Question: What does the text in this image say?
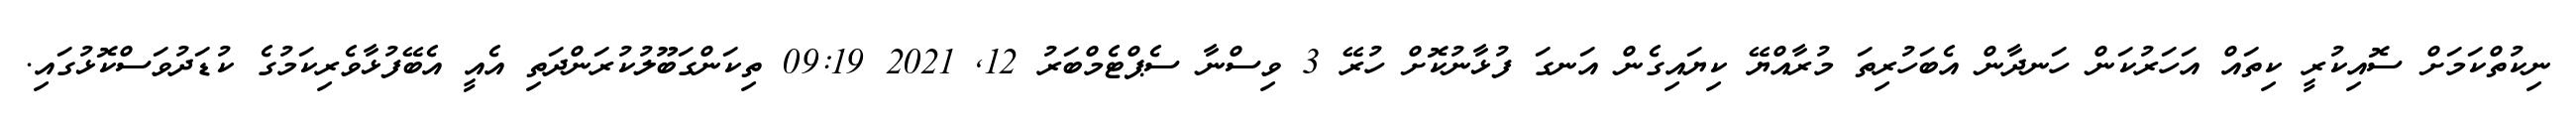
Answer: ނިކުތްކަމަށް ސޮއިކުރީ ކިތައް އަހަރުކަން ހަނދާން އެބަހުރިތަ މުރާއްޔޭ ކިޔައިގެން އަނގަ ފުޅާނުކޮށް ހުރޭ 3 ވިސްނާ ސެޕްޓެމްބަރު 12, 2021 09:19 ތިކަންގަބޫލުކުރަންދަތި އެއީ އެބޭފުޅާވެރިކަމުގެ ކުޑަދުވަސްކޮޅުގައި.